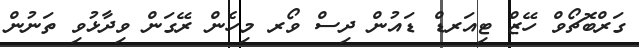
ގަރްބޮޗޯވް ހޭޒް ޓިއަރޑް ޑައުން ދިސް ވޯރ މިހެން ރޭގަން ވިދާޅުވި ތަނުން